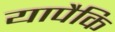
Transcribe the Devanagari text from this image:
यापैकि